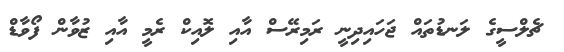
ޗެލްސީގެ ލަނޑުތައް ޖަހައިދިނީ ރަމިރޭސް އާއި ލޮއިކް ރެމީ އާއި ޒުވާން ފޯވާޑް